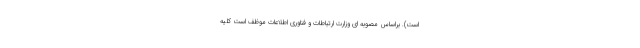
است). براساس مصوبه ای وزارت ارتباطات و فناوری اطلاعات موظف است کلیه